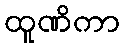
ထူဏိကာ